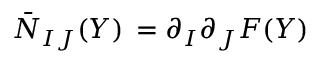
\bar { \cal N } _ { I J } ( Y ) \, = \partial _ { I } \partial _ { J } F ( Y )